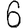
Digit: 6